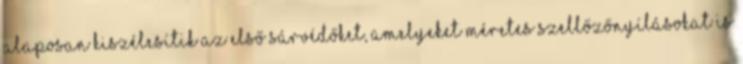
Alaposan kiszélesítik az első sárvédőket, amelyeket méretes szellőzőnyílásokat is